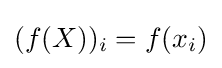
(f(X))_{i}=f(x_{i})